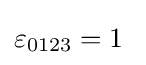
\varepsilon _{0123}=1\